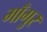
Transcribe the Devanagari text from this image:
माँगुर